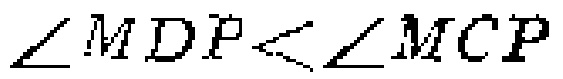
\(\angle MDP<\angle MCP\)